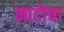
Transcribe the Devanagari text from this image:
नाटोचा